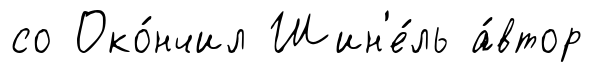
со Око́нчил Шин'е́ль а́втор